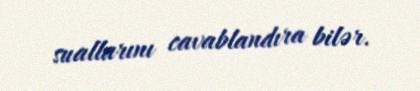
suallarını cavablandıra bilər.